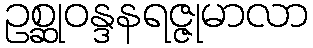
ဥစ္ဆုဝန္ဒနရဇ္ဇုမာလာ